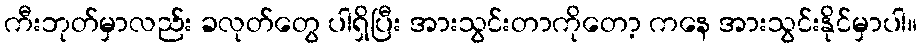
ကီးဘုတ်မှာလည်း ခလုတ်တွေ ပါရှိပြီး အားသွင်းတာကိုတော့ ကနေ အားသွင်းနိုင်မှာပါ။